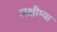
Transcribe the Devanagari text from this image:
लक्षीम्या